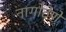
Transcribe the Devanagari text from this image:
नागोठेणे